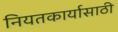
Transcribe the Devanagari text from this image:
नियतकार्यासाठी